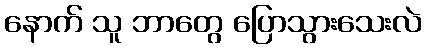
နောက် သူ ဘာတွေ ပြောသွားသေးလဲ